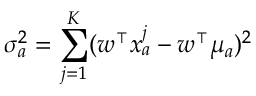
\sigma _ { a } ^ { 2 } = \sum _ { j = 1 } ^ { K } ( \boldsymbol { w ^ { \intercal } x _ { a } ^ { j } - w ^ { \intercal } \mu _ { a } } ) ^ { 2 }